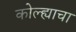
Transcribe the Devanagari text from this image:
कोल्ह्याचा